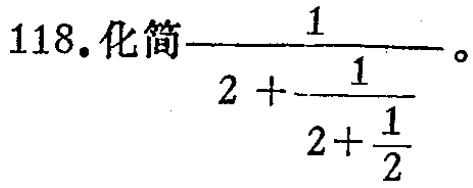
118.化简$\dfrac{1}{2 + \dfrac{1}{2+\dfrac{1}{2}}}$。